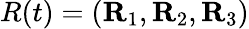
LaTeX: R(t)=({\mathbf R}_{1},{\mathbf R}_{2},{\mathbf R}_{3})